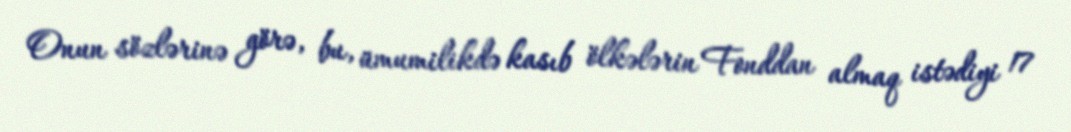
Onun sözlərinə görə, bu, ümumilikdə kasıb ölkələrin Fonddan almaq istədiyi 17